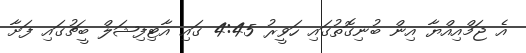
އެ ޖަމްއިއްޔާ އިން ބުނިގޮތުގައި ހަވީރު 4:45 ގައި އާޓިފިޝަލް ބީޗުގައި ފަށާ